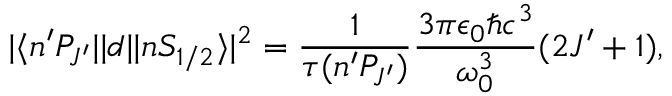
| \langle n ^ { \prime } P _ { J ^ { \prime } } | | d | | n S _ { 1 / 2 } \rangle | ^ { 2 } = \frac { 1 } { \tau ( n ^ { \prime } P _ { J ^ { \prime } } ) } \frac { 3 \pi \epsilon _ { 0 } \hbar c ^ { 3 } } { \omega _ { 0 } ^ { 3 } } ( 2 J ^ { \prime } + 1 ) ,